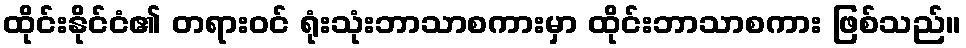
ထိုင်းနိုင်ငံ၏ တရားဝင် ရုံးသုံးဘာသာစကားမှာ ထိုင်းဘာသာစကား ဖြစ်သည်။